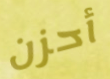
أحزن